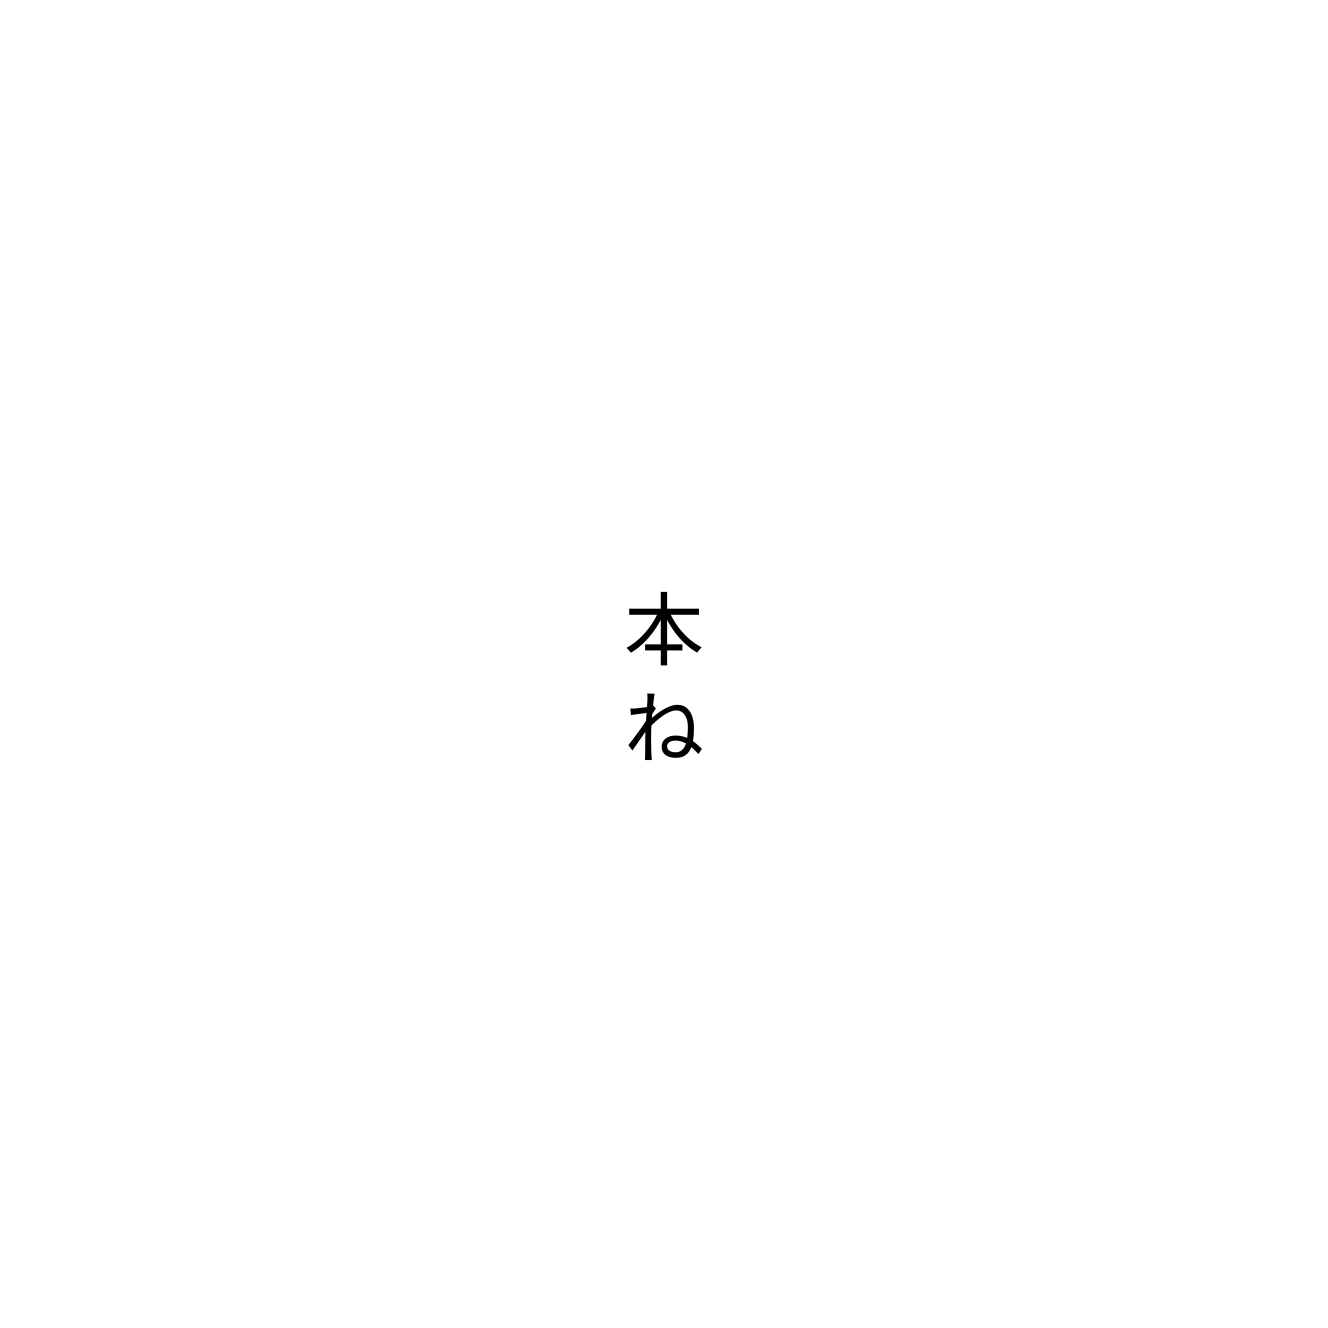
本ね